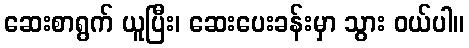
ဆေးစာရွက် ယူပြီး၊ ဆေးပေးခန်းမှာ သွား ဝယ်ပါ။